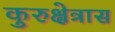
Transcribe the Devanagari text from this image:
कुरुक्षेत्रास